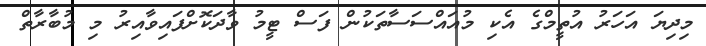
މިދިޔަ އަހަރު އުތީމްގެ އެކި މުއައްސަސާތަކުން ފަސް ޓީމު ވާދަކޮށްފައިވާއިރު މި މުބާރާތް